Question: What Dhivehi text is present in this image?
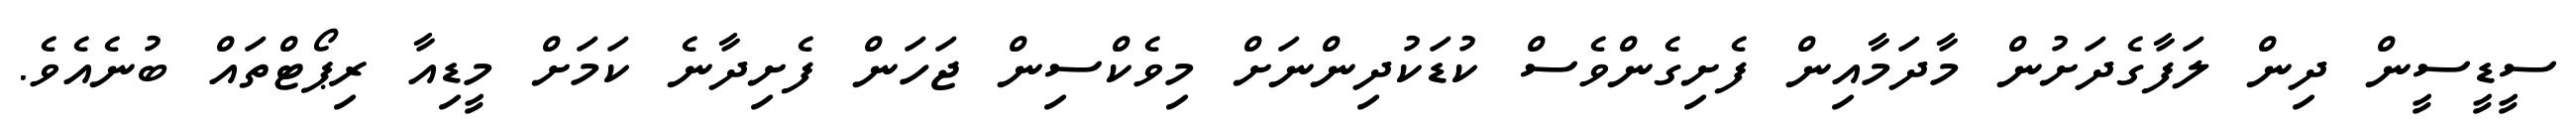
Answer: ސީޑީސީން ދިން ލަފާގެދަށުން މާދަމާއިން ފެށިގެންވެސް ކުޑަކުދިންނަށް މިވެކްސިން ޖަހަން ފެށިދާނެ ކަމަށް މީޑިއާ ރިޕޯޓްތައް ބުނެއެވެ.